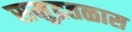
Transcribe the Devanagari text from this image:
समुद्रतळास